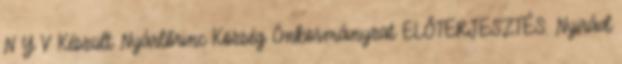
N Y V Készült: Nyárlőrinc Község Önkormányzat ELŐTERJESZTÉS. Nyirád